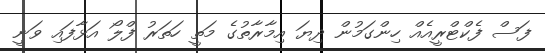
ފަސް ފެކްޓްރީއެއް ހިންގަމުން ދިޔަ އިމާރާތުގެ މަތީ ހަތަރު ފްލޯ އަޅާފައި ވަނީ